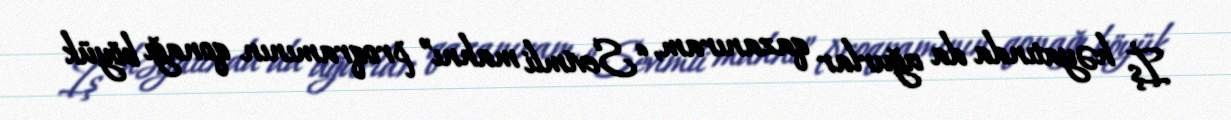
İş həyatında da uğurlar qazanıram, “Sevimli mahnı” proqramının qonağı böyük